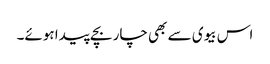
اس بیوی سے بھی چار بچے پیدا ہوئے۔